Account of plague administration in the Bombay Presidency from September 1896 till May 1897
Year: 1896
Disease focus: Plague
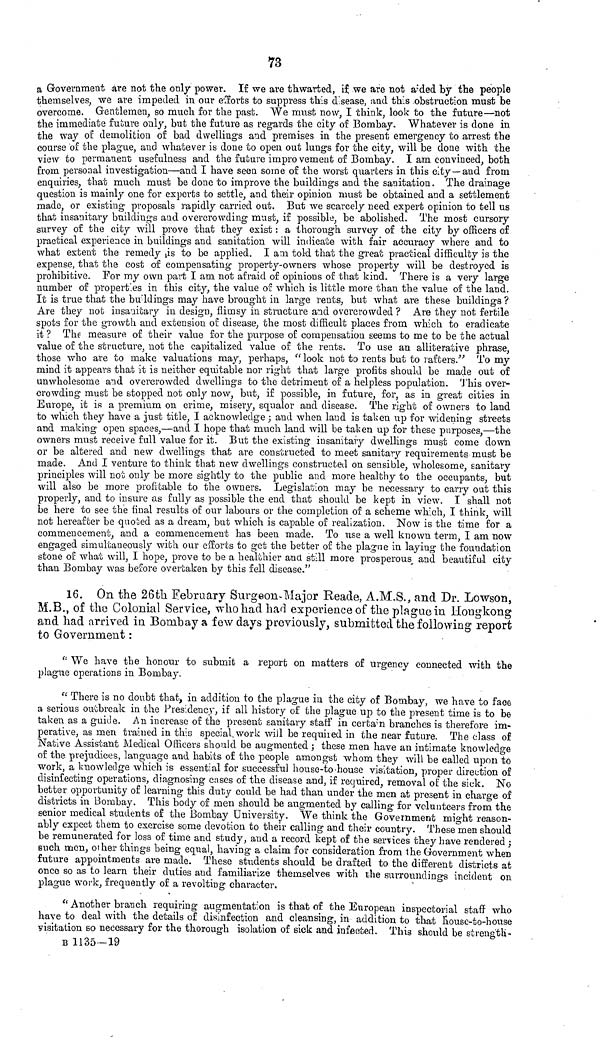
73
a Government are not the only power. If we are thwarted, if we are not aided by the people
themselves, we are impeded in our efforts to suppress this d.sease, and this obstruction must be
overcome. Gentlemen, so much for the past. We must now, I think, look to the future—not
the immediate future only, but the future as regards the city of Bombay. Whatever is done in.
the way of demolition of bad dwellings and premises in the present emergency to arrest the
course of the plague, and whatever is done to open out lungs for the city, will be done with the
view to permanent usefulness and the future improvement of Bombay. I am convinced, both
from personal investigation—and I have seen some of the worst quarters in this city—and from
enquiries, that much must be done to improve the buildings and the sanitation. The drainage
question is mainly one for experts to settle, and their opinion must be obtained and a settlement
made, or existing proposals rapidly carried out. But we scarcely need expert opinion to tell us
that insanitary buildings and overcrowding must, if possible, be abolished. The most cursory
survey of the city will prove that they exist : a thorough survey of the city by officers of
practical experience in buildings and sanitation will indicate with fair accuracy where and to
what extent the remedy is to be applied. I am told that the great practical difficulty is the
expense, that the cost of compensating property-owners whose property will be destroyed is
prohibitive. For my own part I am not afraid of opinions of that kind. There is a very large
number of properties in this city, the value of which is little more than the value of the land.
It is true that the bu'ldings may have brought in large rents, but what are these buildings ?
Are they not insanitary in design, flimsy in structure and overcrowded ? Are they not fertile
spots for the growth and extension of disease, the most difficult places from which to eradicate
it ? The measure of their value for the purpose of compensation seems to me to be the actual
value of the structure, not the capitalized value of the rents. To use an alliterative phrase,
those who are to make valuations may, perhaps, "look not to rents but to rafters" To my
mind it appears that it is neither equitable nor right that large profits should be made out of
unwholesome and overcrowded dwellings to the detriment of a helpless population. This over-
crowding must be stopped not only now, but, if possible, in future, for, as in great cities in
Europe, it is a premium on crime, misery, squalor and disease. The right of owners to land
to which they have a just title, I acknowledge ; and when land is taken up for widening streets
and making open spaces,—and I hope that much land will be taken up for these purposes,—the
owners must receive full value for it. But the existing insanitary dwellings must come down
or be altered and new dwellings that are constructed to meet sanitary requirements must be
made. And I venture to think that new dwellings constructed on sensible, wholesome, sanitary
principles will not only be more sightly to the public and more healthy to the occupants, but
will also be more profitable to the owners. Legislation may be necessary to carry out this
properly, and to insure as fully as possible the end that should be kept in view. I shall not
be here to see the final results of our labours or the completion of a scheme which, I think, will
not hereafter be quoted as a dream, but which is capable of realization. Now is the time for a
commencement, and a commencement has been made. To use a well known term, I am now
engaged simultaneously with our efforts to get the better of the plague in laying the foundation
stone of what will, I hope, prove to be a healthier and still more prosperous, and beautiful city
than Bombay was before overtaken by this fell disease."
16. On the 26tli February Surgeon-Major Reade, A.M.S., and Dr. Lowson,
M.B., of the Colonial Service, who had had experience of the plague in Hongkong
and had arrived in Bombay a few days previously, submitted the following report
to Government :
"We have the honour to submit a report on matters of urgency connected with the
plague operations in Bombay.
"There is no doubt that, in addition to the plague in the city of Bombay, we have to face
a serious outbreak in the Presidency, if all history of the plague up to the present time is to be
taken as a guide. An increase of the present sanitary staff in certain branches is therefore im-
perative, as men trained in this special work will be required in the near future. The class of
Native Assistant Medical Officers should be augmented ; these men have an intimate knowledge
of the. prejudices, language and habits of the people amongst whom they will be called upon to
work, a knowledge which is essential for successful house-to-house visitation, proper direction of
disinfecting operations, diagnosing cases of the disease and, if required, removal of the sick. No
better opportunity of learning this duty could be had than under the men at present in charge of
districts in Bombay. This body of men should be augmented by calling for volunteers from the
senior medical students of the Bombay University. We think the Government might reason-
ably expect them to exercise some devotion to their calling and their country. These men should
be remunerated for loss of time and study, and a record kept of the services they have rendered ;
such men, other things being equal, having a claim for consideration from the Government when
future appointments are made. These students should be drafted to the different districts at
once so as to learn their duties and familiarize themselves with the surroundings incident on
plague work, frequently of a revolting character,
"Another branch requiring augmentation is that of the European inspectorial staff who
have to deal with the details of disinfection and cleansing, in addition to that nouse-to-house
visitation so necessary for the thorough isolation of sick and infected. This should be strength-
B 1135-19